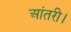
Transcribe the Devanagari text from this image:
आंतरी।